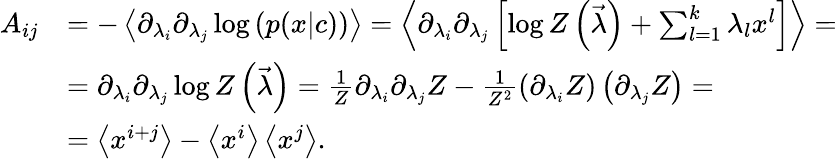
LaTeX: \begin{array}{rl}{A_{ij}}&{=-\left\langle\partial_{\lambda_{i}}\partial_{\lambda_{j}}\log\left(p(x|c)\right)\right\rangle=\left\langle\partial_{\lambda_{i}}\partial_{\lambda_{j}}\left[\log Z\left(\vec{\lambda}\right)+\sum_{l=1}^{k}\lambda_{l}x^{l}\right]\right\rangle=}\\ &{=\partial_{\lambda_{i}}\partial_{\lambda_{j}}\log Z\left(\vec{\lambda}\right)=\frac{1}{Z}\partial_{\lambda_{i}}\partial_{\lambda_{j}}Z-\frac{1}{Z^{2}}\left(\partial_{\lambda_{i}}Z\right)\left(\partial_{\lambda_{j}}Z\right)=}\\ &{=\left\langle x^{i+j}\right\rangle-\left\langle x^{i}\right\rangle\left\langle x^{j}\right\rangle.}\end{array}